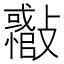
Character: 𣀪